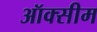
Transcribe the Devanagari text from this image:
ऑक्सीम